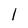
Character: l